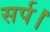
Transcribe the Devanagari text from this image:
सर्प।